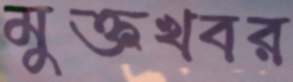
মুক্তখবর